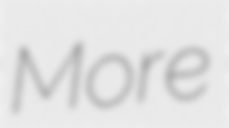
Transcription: More